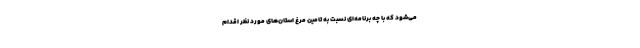
می‌شود که با چه برنامه‌ای نسبت به تامین مرغ استان‌های مورد نظر اقدام